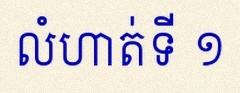
លំហាត់ទី ១